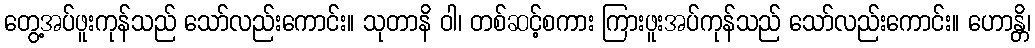
တွေ့အပ်ဖူးကုန်သည် သော်လည်းကောင်း။ သုတာနိ ဝါ၊ တစ်ဆင့်စကား ကြားဖူးအပ်ကုန်သည် သော်လည်းကောင်း။ ဟောန္တိ၊